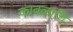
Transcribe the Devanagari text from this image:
कावळाचि